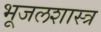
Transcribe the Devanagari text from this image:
भूजलशास्त्र